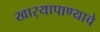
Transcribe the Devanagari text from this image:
खार्‍यापाण्याचे